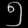
Digit: ၅